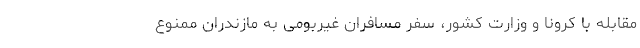
مقابله با کرونا و وزارت کشور، سفر مسافران غیربومی به مازندران ممنوع